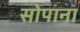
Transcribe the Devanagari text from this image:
सोपाना